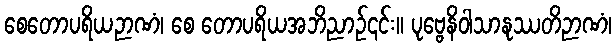
စေတောပရိယဉာဏံ၊ စေ တောပရိယအဘိညာဉ်၎င်း။ ပုဗ္ဗေနိဝါသာနုဿတိဉာဏံ၊